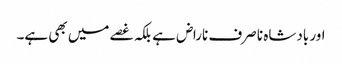
اور بادشاہ نا صرف ناراض ہے بلکہ غصے میں بھی ہے۔